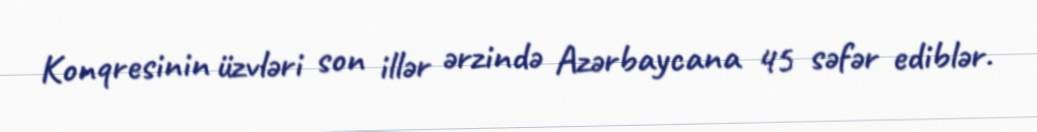
Konqresinin üzvləri son illər ərzində Azərbaycana 45 səfər ediblər.